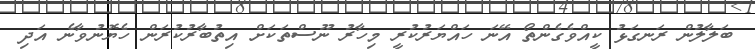
ބަލާލުން ރަނގަޅު ކީއްވެގެންތޯ އޭނަ ހައްޔަރުކުރީ މިހާރު ނޫސްތަކަށް އިތުބާރުކުރަން ހެޔޮނުވާނެ އަދި